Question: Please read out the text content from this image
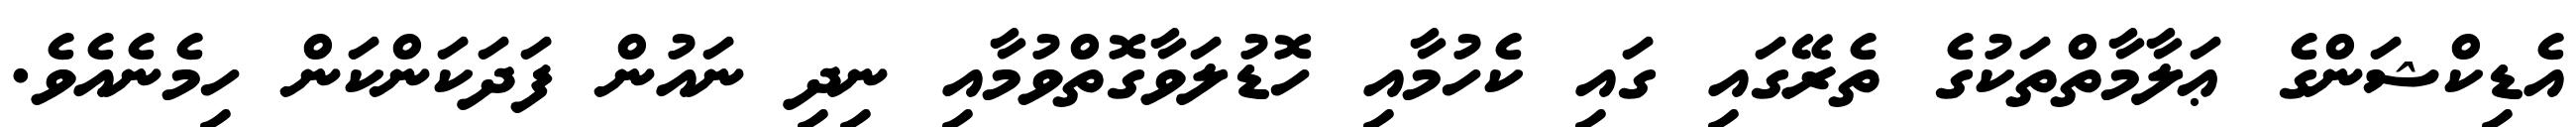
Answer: އެޑިކްޝަންގެ ޢަލާމާތްތަކުގެ ތެރޭގައި ގައި ކެހުމާއި ހޮޑުލަވާގޮތްވުމާއި ނިދި ނައުން ފަދަކަންކަން ހިމެނެއެވެ.